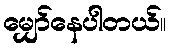
မျှော်နေပါတယ်။